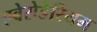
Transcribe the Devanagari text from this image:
एबेसेडेरियम